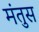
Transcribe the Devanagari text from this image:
मंतुस